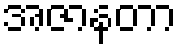
အဇာနတာ